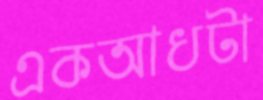
একআধটা